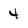
Character: 4